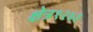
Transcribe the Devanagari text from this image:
क्षेत्र१२४३